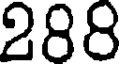
288